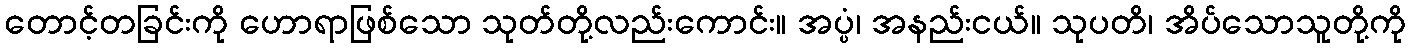
တောင့်တခြင်းကို ဟောရာဖြစ်သော သုတ်တို့လည်းကောင်း။ အပ္ပံ၊ အနည်းငယ်။ သုပတိ၊ အိပ်သောသူတို့ကို